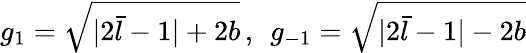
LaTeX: g_{1}=\sqrt{|2\bar{l}-1|+2b}\, ,\; \, g_{-1}=\sqrt{|2\bar{l}-1|-2b}